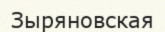
Зыряновская